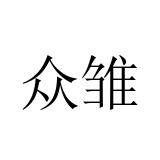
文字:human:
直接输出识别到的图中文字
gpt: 众雏